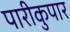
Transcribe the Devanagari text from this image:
पारीकुपार